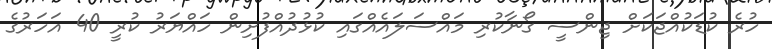
ހުރެ ކުޑަކުއްޖަކަށް ޖިންސީ ގޯނާކުރި މައްސަލައެއްގައި ކުޅުދުއްފުށިން ހައްޔަރު ކުރީ 40 އަހަރުގެ